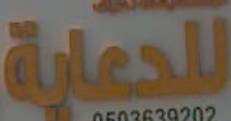
للدعاية